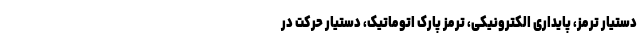
دستیار ترمز، پایداری الکترونیکی، ترمز پارک اتوماتیک، دستیار حرکت در